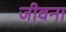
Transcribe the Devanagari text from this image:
जीवना